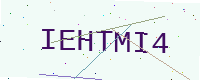
Text: IEHTMI4